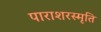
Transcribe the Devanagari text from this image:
पाराशरस्मृति